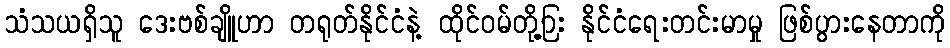
သံသယရှိသူ ဒေးဗစ်ချိူဟာ တရုတ်နိုင်ငံနဲ့ ထိုင်ဝမ်တို့ြ့ား နိုင်ငံရေးတင်းမာမှု ဖြစ်ပွားနေတာကို